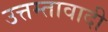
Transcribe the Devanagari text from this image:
उत्तम्तावादी